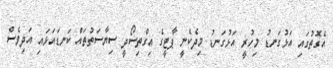
އެގޮތުގައި އަޅުގަނޑު މިހުރީ އަޅުގަނޑު މިދެކެނީ ޕާޓީގެ އިގްތިސޯދީ ސިޔާސަތުތައް ކަނޑައަޅައި އަދިވެސް